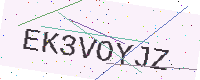
Text: EK3VOYJZ